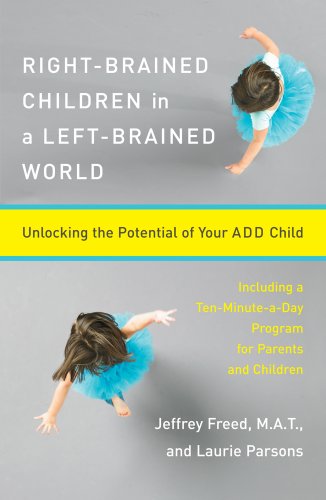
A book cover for Right-Brained Children in a Left-Brained World: Unlocking the Potential of Your ADD Child; Jeffrey Freed; Education & Teaching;